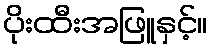
ပိုးထီးအဖြူနှင့်။